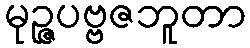
မုဉ္ဇပဗ္ဗဇဘူတာ